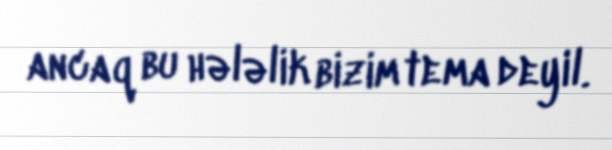
ancaq bu hələlik bizim tema deyil.